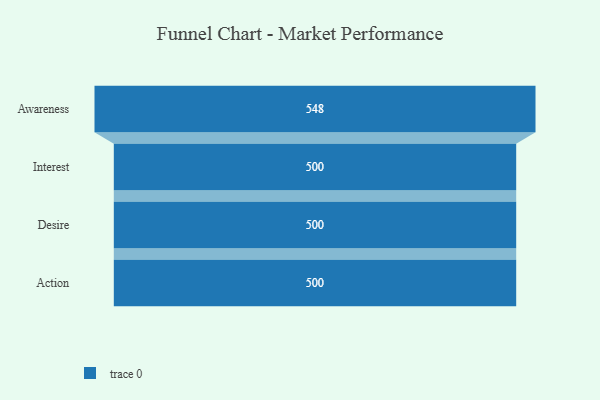
{"axis": {"x": "Stage", "y": "Value"}, "legend": [""], "data": [{"x": "Awareness", "y": 548.0, "type": ""}, {"x": "Interest", "y": 500, "type": ""}, {"x": "Desire", "y": 500, "type": ""}, {"x": "Action", "y": 500, "type": ""}]}